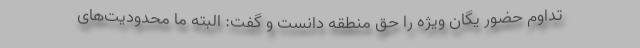
تداوم حضور یگان ویژه را حق منطقه دانست و گفت: البته ما محدودیت‌های